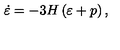
\dot { \varepsilon } = - 3 H \left( \varepsilon + p \right) ,